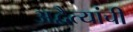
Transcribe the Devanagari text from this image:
अद्वैत्यांची